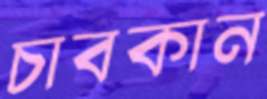
চাবকান